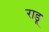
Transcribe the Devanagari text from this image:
राडू